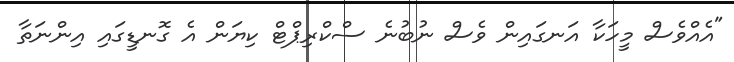
"އެއްވެސް މީހަކާ އަނގައިން ވެސް ނުބުނެ ސްކްރިޕްޓް ކިޔަން އެ ގޮނޑީގައި އިންނަތާ